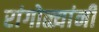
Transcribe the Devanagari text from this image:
रांगोळ्यांनी